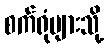
စက်ရုံများသို့